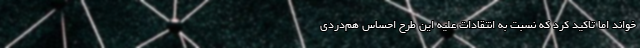
خواند اما تاکید کرد که نسبت به انتقادات علیه این طرح احساس هم‌دردی